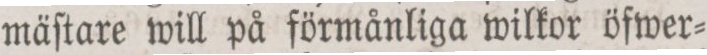
mäſtare will på förmånliga wilkor öfwer